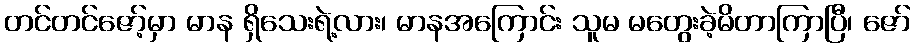
တင်တင်ဇော့်မှာ မာန ရှိသေးရဲ့လား၊ မာနအကြောင်း သူမ မတွေးခဲ့မိတာကြာပြီ၊ ဇော်